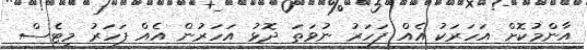
އާންމުކޮށް އަހަރަކު އެއް ފަހަރު ނުވަތަ ދޮޅު އަހަރުން އެއް ފަހަރު މިޓެސް